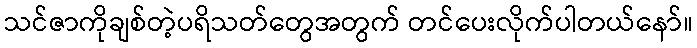
သင်ဇာကိုချစ်တဲ့ပရိသတ်တွေအတွက် တင်ပေးလိုက်ပါတယ်နော်။